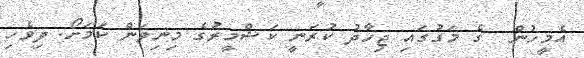
އެމީހުން  ގެ މަގުގައި ޖިހާދު ކުރަނީ ކަޝްމީރުގެ މިނިވަން ކަމަށޯ. ދިވެހި